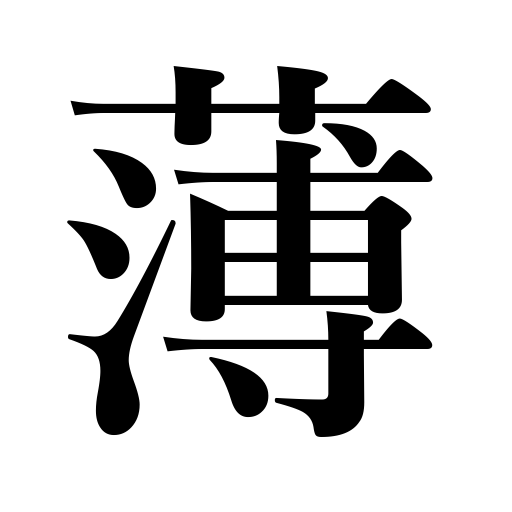
Meanings: ungenerous,weaken,thin out,cool emotions,abate,light,grow pale,weak tea,be toned down,decline,scanty,get dim,lessen,faint,fade,pale,thin,dilute